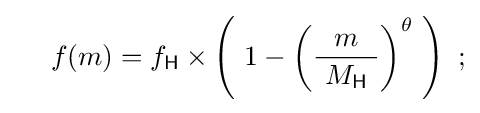
\quad \ f(m)=f_{\mathsf {H}}\times \left(\ 1-\left({\frac {m}{\ M_{\mathsf {H}}\ }}\right)^{\theta }\ \right)\ ;